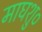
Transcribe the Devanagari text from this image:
माघशु०